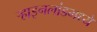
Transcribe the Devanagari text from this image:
र्‍हाइनलांडमध्ये